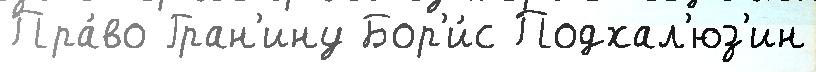
Пра́во Гран'ину Бор'и́с Подхал'юз'ин